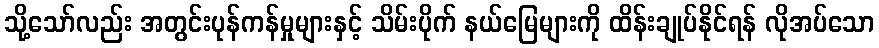
သို့သော်လည်း အတွင်းပုန်ကန်မှုများနှင့် သိမ်းပိုက် နယ်မြေများကို ထိန်းချုပ်နိုင်ရန် လိုအပ်သော